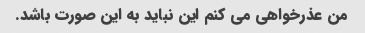
من عذرخواهی می کنم این نباید به این صورت باشد.